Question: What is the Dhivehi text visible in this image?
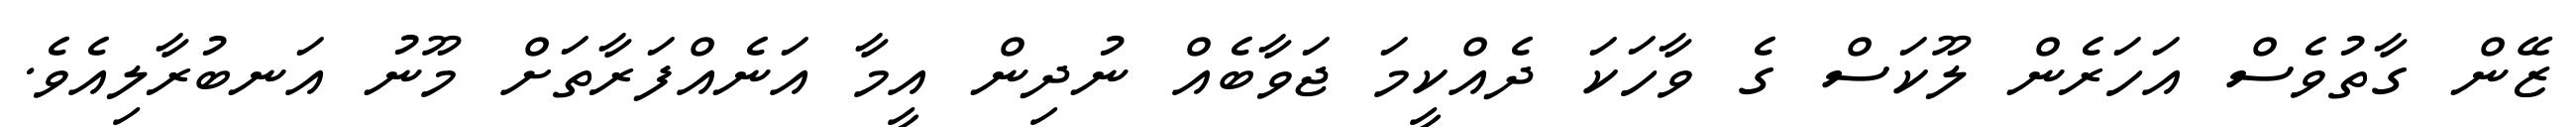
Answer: ޒޭން ގާތުވެސް އަހަރެން ލޫކަސް ގެ ވާހަކަ ދެއްކީމަ ޖަވާބެއް ނުދިން އީމާ އަނެއްފަރާތަށް މޫނު އަނބުރާލިއެވެ.